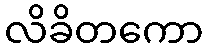
လိခိတကော